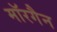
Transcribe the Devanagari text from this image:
मॉरगैन